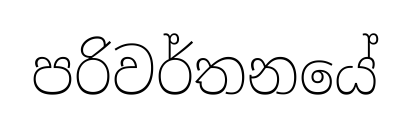
පරිවර්තනයේ